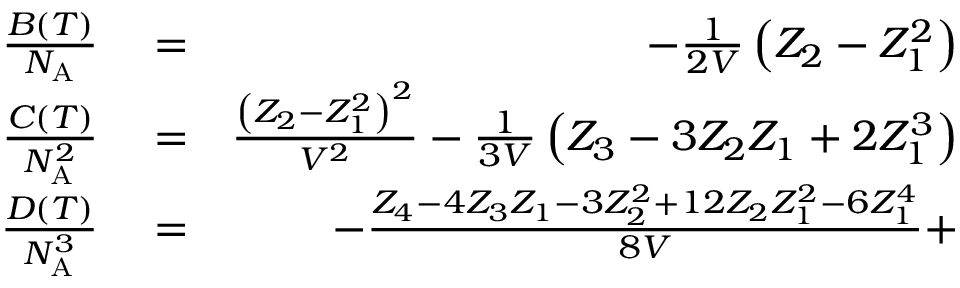
\begin{array} { r l r } { \frac { B ( T ) } { N _ { \mathrm { A } } } } & { { } = } & { - \frac { 1 } { 2 V } \left( Z _ { 2 } - Z _ { 1 } ^ { 2 } \right) } \\ { \frac { C ( T ) } { N _ { \mathrm { A } } ^ { 2 } } } & { { } = } & { \frac { \left( Z _ { 2 } - Z _ { 1 } ^ { 2 } \right) ^ { 2 } } { V ^ { 2 } } - \frac { 1 } { 3 V } \left( Z _ { 3 } - 3 Z _ { 2 } Z _ { 1 } + 2 Z _ { 1 } ^ { 3 } \right) } \\ { \frac { D ( T ) } { N _ { \mathrm { A } } ^ { 3 } } } & { { } = } & { - \frac { Z _ { 4 } - 4 Z _ { 3 } Z _ { 1 } - 3 Z _ { 2 } ^ { 2 } + 1 2 Z _ { 2 } Z _ { 1 } ^ { 2 } - 6 Z _ { 1 } ^ { 4 } } { 8 V } + } \end{array}